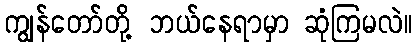
ကျွန်တော်တို့ ဘယ်နေရာမှာ ဆုံကြမလဲ။